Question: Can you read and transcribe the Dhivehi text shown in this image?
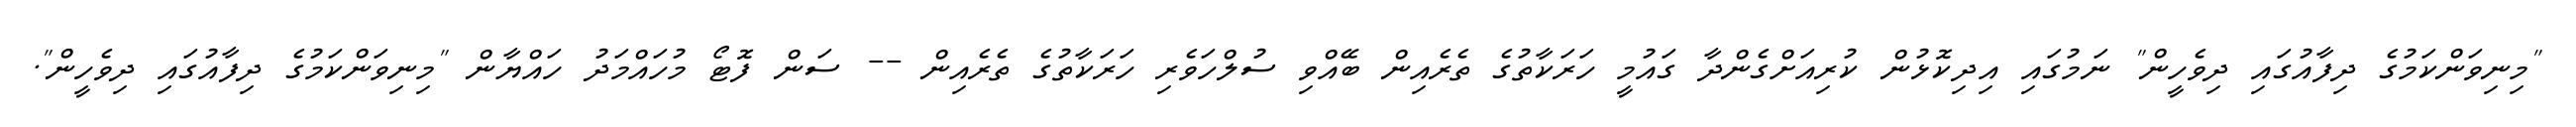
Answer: "މިނިވަންކަމުގެ ދިފާއުގައި ދިވެހީން" ނަމުގައި އިދިކޮޅުން ކުރިއަށްގެންދާ ގައުމީ ހަރަކާތުގެ ތެރެއިން ބޭއްވި ސުލްހަވެރި ހަރަކާތުގެ ތެރެއިން -- ސަން ފޮޓޯ މުހައްމަދު ހައްޔާން "މިނިވަންކަމުގެ ދިފާއުގައި ދިވެހީން".